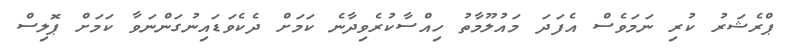
ޕްރެޝަރު ކުރި ނަމަވެސް އެފަދަ މައުލޫމާތު ހިއްސާކުރެވިދާނެ ކަމަށް ދެކެވަޑައިނުގަންނަވާ ކަމަށް ޕޮލިސް